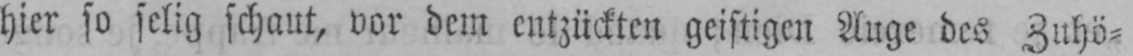
hier so selig schaut, vor dem entzückten geistigen Auge des Zuhö⸗